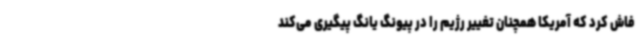
فاش کرد که آمریکا همچنان تغییر رژیم را در پیونگ یانگ پیگیری می‌کند